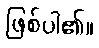
ဖြစ်ပါ၏။